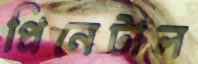
প্রিনেটাল